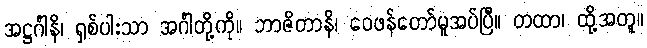
အဋ္ဌင်္ဂါနိ၊ ရှစ်ပါးသာ အင်္ဂါတို့ကို။ ဘာဇိတာနိ၊ ဝေဖန်တော်မူအပ်ပြီ။ တထာ၊ ထို့အတူ။